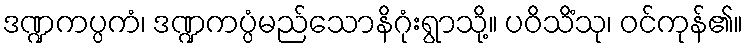
ဒဏ္ဍကပ္ပကံ၊ ဒဏ္ဍကပ္ပံမည်သောနိဂုံးရွာသို့။ ပဝိသိံသု၊ ဝင်ကုန်၏။